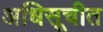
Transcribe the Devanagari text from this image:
अधिसूचीत